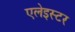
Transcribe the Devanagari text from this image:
एलेइस्टर